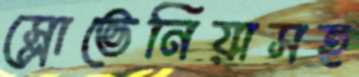
স্লোভেনিয়াসহ